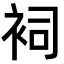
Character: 𧙈